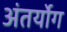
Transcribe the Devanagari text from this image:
अंतर्योग